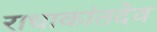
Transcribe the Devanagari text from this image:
राधाकांतदेव